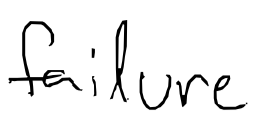
Text: failure
Cross-out: clean
Writing tool: digital_black